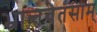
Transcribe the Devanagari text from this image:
भ्रान्तचेतसाम्